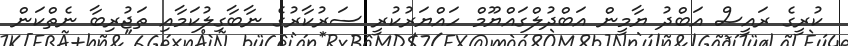
ކުރީގެ ރައީސް އަބްދު ޔާމީން އަބްދުލްގައްޔޫމް ހައްޔަރުކުރީ ސަރުކާރުގެ ނާބާގިލުކަމާއި ތަޖުރިބާ ނެތްކަން